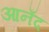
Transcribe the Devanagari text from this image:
आनँद